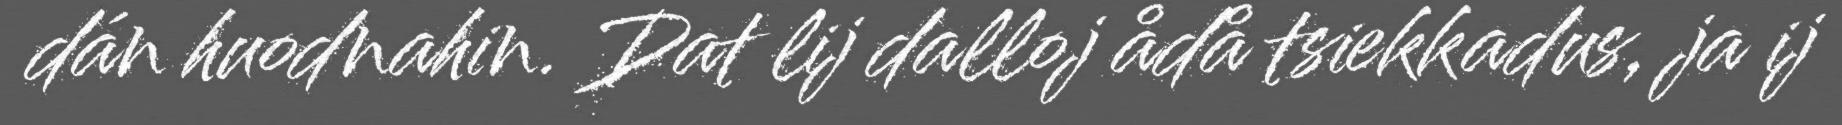
dán huodnahin. Dat lij dalloj ådå tsiekkadus, ja ij